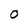
Character: 0